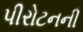
પીરોટનની